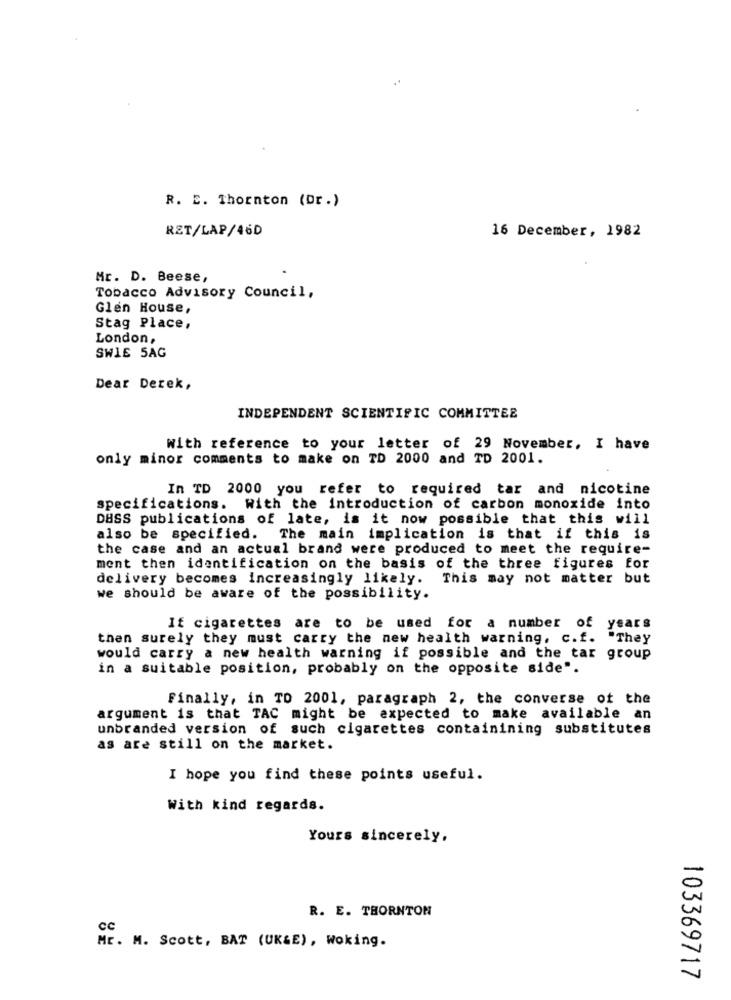
R. E. Thornton (Dr.)
RET/LAP/46D
16 December, 1982
Mr. D. Beese,
Tobacco Advisory Council,
Glen House,
Stag Place,
London,
SWIE 5AG
Dear Derek,
INDEPENDENT SCIENTIFIC COMMITTEE
With reference to your letter of 29 November, I have
only minor comments to make on TD 2000 and TD 2001.
In TD 2000 you refer to required tar and nicotine
specifications. With the introduction of carbon monoxide into
DASS publications of late, is it now possible that this will
also be specified.
The main implication is that if this is
the case and an actual brand were produced to meet the require-
ment then identification on the basis of the three figures for
delivery becomes increasingly likely.
This may not matter but
we should be aware of the possibility.
If cigarettes are to be used for a number of years
then surely they must carry the new health warning. c.f. "They
would carry a new health warning if possible and the tar group
in a suitable position, probably on the opposite side".
Finally, in TO 2001, paragraph 2, the converse of the
argument is that TAC might be expected to make available an
unbranded version of such cigarettes containining substitutes
as are still on the market.
I hope you find these points useful.
With kind regards.
Yours sincerely,
R. E. THORNTON
cc
Mr. M. Scott, BAT (UK&E), Woking.
103369717